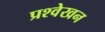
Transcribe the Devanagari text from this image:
प्रश्वेखन